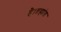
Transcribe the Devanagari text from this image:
है।ब्रह्मांड